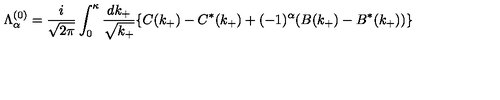
{ \Lambda } _ { \alpha } ^ { ( 0 ) } = \frac { i } { \sqrt { 2 { \pi } } } \int _ { 0 } ^ { \kappa } \frac { d k _ { + } } { \sqrt { k _ { + } } } \{ C ( k _ { + } ) - C ^ { \ast } ( k _ { + } ) + ( - 1 ) ^ { \alpha } ( B ( k _ { + } ) - B ^ { \ast } ( k _ { + } ) ) \}